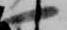
一